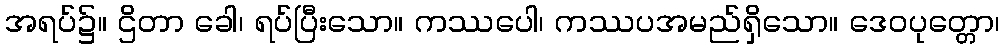
အရပ်၌။ ဌိတာ ခေါ၊ ရပ်ပြီးသော။ ကဿပေါ၊ ကဿပအမည်ရှိသော။ ဒေဝပုတ္တော၊